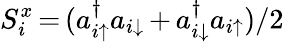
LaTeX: S_{i}^{x}\, {=}\, (a_{i\uparrow}^{\dagger}a_{i\downarrow}\, {+}\, a_{i\downarrow}^{\dagger}a_{i\uparrow})/2